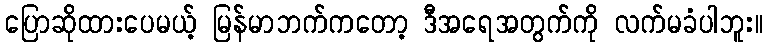
ပြောဆိုထားပေမယ့် မြန်မာဘက်ကတော့ ဒီအရေအတွက်ကို လက်မခံပါဘူး။